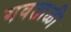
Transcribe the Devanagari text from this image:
गवताळी